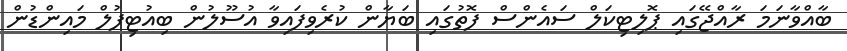
ބާއްވާނަމަ ރާއްޖޭގައި ޕޮލިޓިކަލް ސައެންސް ފޮތުގައި ބަޔާން ކުރެވިފައިވާ އުސޫލުން ބިއުޓިފުލް މައިންޑުން